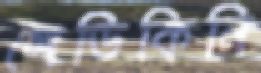
লেডিকিনি